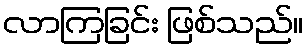
လာကြခြင်း ဖြစ်သည်။